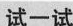
试一试